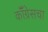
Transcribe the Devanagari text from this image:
कॉँग्रेसचा